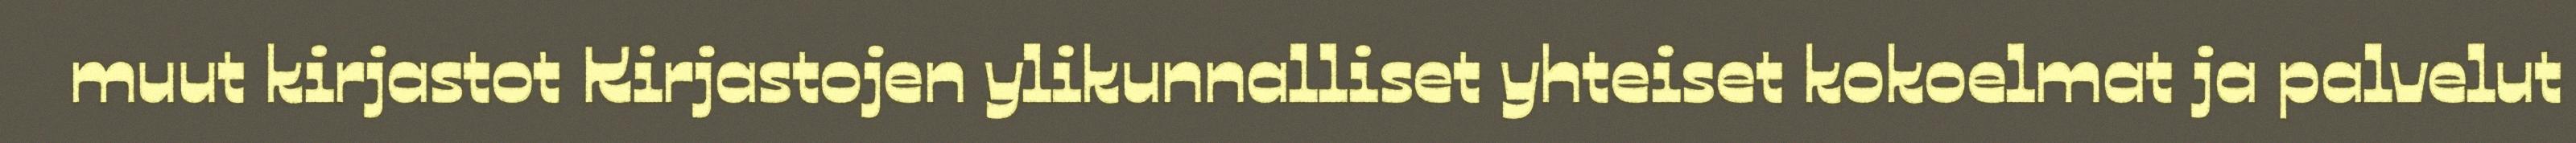
muut kirjastot Kirjastojen ylikunnalliset yhteiset kokoelmat ja palvelut